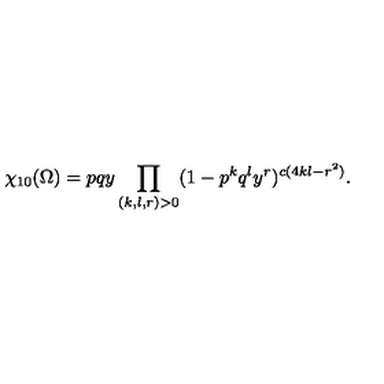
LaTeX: \chi _ { 1 0 } ( \Omega ) = p q y \prod _ { ( k , l , r ) > 0 } ( 1 - p ^ { k } q ^ { l } y ^ { r } ) ^ { c ( 4 k l - r ^ { 2 } ) } .